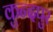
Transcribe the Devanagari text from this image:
कुन्दपुर